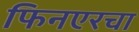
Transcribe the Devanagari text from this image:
फिनएरचा